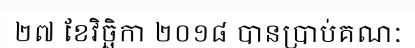
២៧ ខែវិច្ឆិកា ២០១៨ បានប្រាប់គណៈ